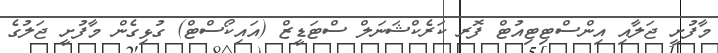
މާފުށީ ޖަލާއި އިންސްޓިޓިއުޓް ފޮރ ކަރެކްޝަނަލް ސްޓަޑީޒް (އައިކޯސްޓް) ގުޅިގެން މާފުށީ ޖަލުގެ